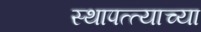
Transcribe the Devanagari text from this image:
स्थापत्त्याच्या